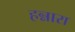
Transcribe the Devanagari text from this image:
हन्नारा